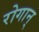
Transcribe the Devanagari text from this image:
रोगान्